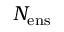
N _ { \mathrm { e n s } }